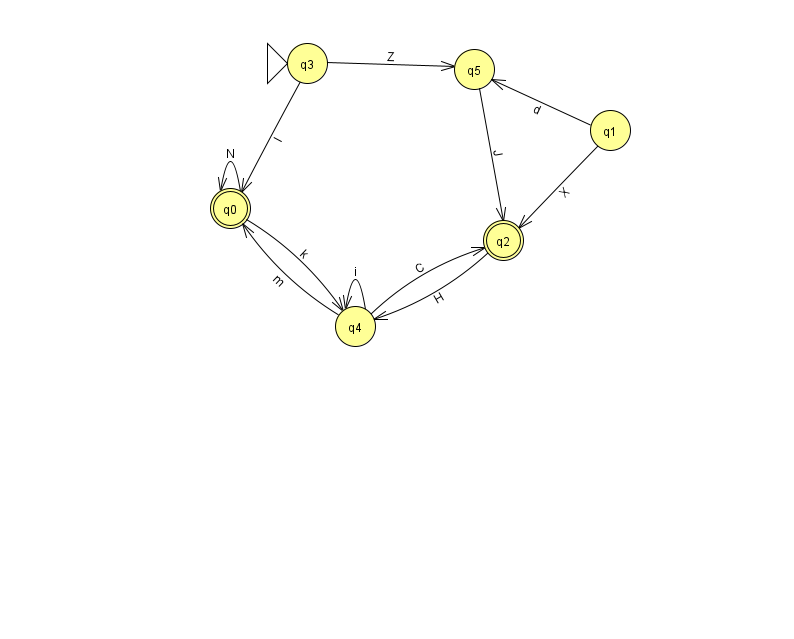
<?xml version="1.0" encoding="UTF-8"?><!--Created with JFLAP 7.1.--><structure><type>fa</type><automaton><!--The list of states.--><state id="0" name="q0"><x>230.0</x><y>195.0</y><final/></state><state id="1" name="q1"><x>610.0</x><y>117.0</y></state><state id="2" name="q2"><x>503.0</x><y>227.0</y><final/></state><state id="3" name="q3"><x>307.0</x><y>50.0</y><initial/></state><state id="4" name="q4"><x>355.0</x><y>313.0</y></state><state id="5" name="q5"><x>474.0</x><y>56.0</y></state><!--The list of transitions.--><transition><from>2</from><to>4</to><read>H</read></transition><transition><from>3</from><to>0</to><read>l</read></transition><transition><from>1</from><to>2</to><read>X</read></transition><transition><from>4</from><to>2</to><read>C</read></transition><transition><from>4</from><to>4</to><read>i</read></transition><transition><from>1</from><to>5</to><read>d</read></transition><transition><from>5</from><to>2</to><read>J</read></transition><transition><from>4</from><to>0</to><read>m</read></transition><transition><from>0</from><to>4</to><read>k</read></transition><transition><from>0</from><to>0</to><read>N</read></transition><transition><from>3</from><to>5</to><read>Z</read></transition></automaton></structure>